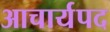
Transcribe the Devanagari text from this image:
आचार्यपद